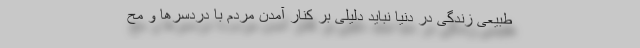
طبیعی زندگی در دنیا نباید دلیلی بر کنار آمدن مردم با دردسرها و مح